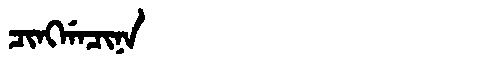
Manchu: ᠴᡳᠩᡤᠠᠴᡳᠨᠠ
Romanization: CINGGACINA